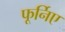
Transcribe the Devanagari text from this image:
फूर्निए